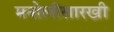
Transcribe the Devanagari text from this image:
मनोलीसारखी